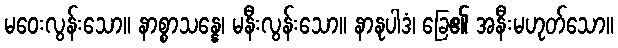
မဝေးလွန်းသော။ နာစ္စာသန္နေ၊ မနီးလွန်းသော။ နာနုပါဒံ၊ ခြေ၏ အနီးမဟုတ်သော။